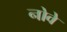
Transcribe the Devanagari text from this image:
नोवे